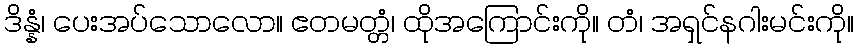
ဒိန္နံ၊ ပေးအပ်သောလော။ ဧတမတ္တံ၊ ထိုအကြောင်းကို။ တံ၊ အရှင်နဂါးမင်းကို။